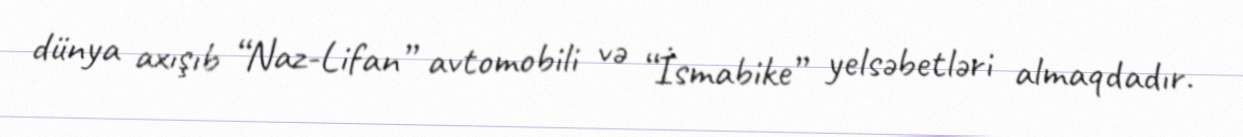
dünya axışıb “Naz-Lifan” avtomobili və “İsmabike” yelsəbetləri almaqdadır.